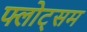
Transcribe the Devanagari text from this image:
फ्लोट्सम